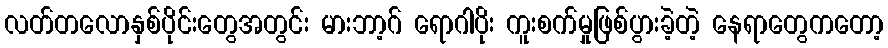
လတ်တလောနှစ်ပိုင်းတွေအတွင်း မားဘာ့ဂ် ရောဂါပိုး ကူးစက်မှုဖြစ်ပွားခဲ့တဲ့ နေရာတွေကတော့